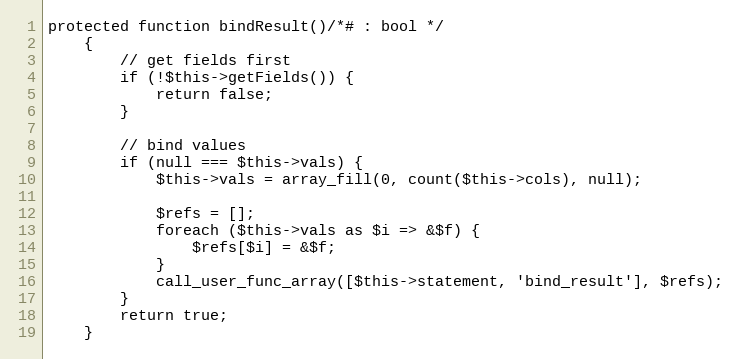
Language: PHP
protected function bindResult()/*# : bool */
    {
        // get fields first
        if (!$this->getFields()) {
            return false;
        }

        // bind values
        if (null === $this->vals) {
            $this->vals = array_fill(0, count($this->cols), null);

            $refs = [];
            foreach ($this->vals as $i => &$f) {
                $refs[$i] = &$f;
            }
            call_user_func_array([$this->statement, 'bind_result'], $refs);
        }
        return true;
    }